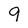
Character: 9